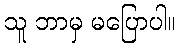
သူ ဘာမှ မပြောပါ။